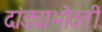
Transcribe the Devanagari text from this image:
दांड्याभोवती